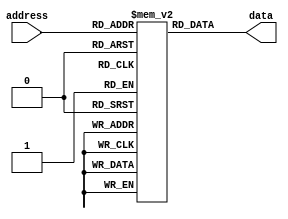
module OTP_ROM(
    input wire [7:0] address,
    output reg [7:0] data
);

reg [7:0] rom_data [0:255];

initial begin
    // Initialize the data stored in the ROM memory blocks
    rom_data[0] = 8'hAB;
    // Add more initializations as needed
    
end

always @* begin
    // Access the data stored in the ROM memory blocks based on the input address
    data = rom_data[address];
end

endmodule